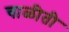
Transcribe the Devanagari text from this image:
चाळीती